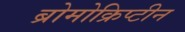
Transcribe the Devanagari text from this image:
ब्रोमोक्रिप्टीन